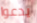
يدعوا